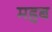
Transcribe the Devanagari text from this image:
महब